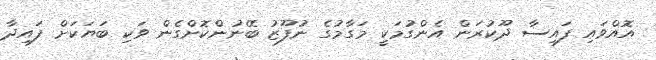
އޮއްވައި ފައިސާ ދޫކުރަން އެންގުމަކީ މަގާމުގެ ނުފޫޒު ބޭނުންކޮށްގެން ވަކި ބަޔަކަށް ފައިދާ